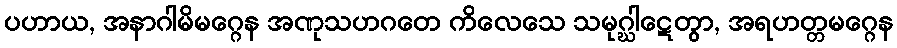
ပဟာယ, အနာဂါမိမဂ္ဂေန အဏုသဟဂတေ ကိလေသေ သမုဂ္ဃါဋေတွာ, အရဟတ္တမဂ္ဂေန